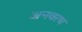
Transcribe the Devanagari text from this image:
अनवरथ